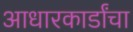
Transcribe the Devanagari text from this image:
आधारकार्डांचा